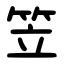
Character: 笠